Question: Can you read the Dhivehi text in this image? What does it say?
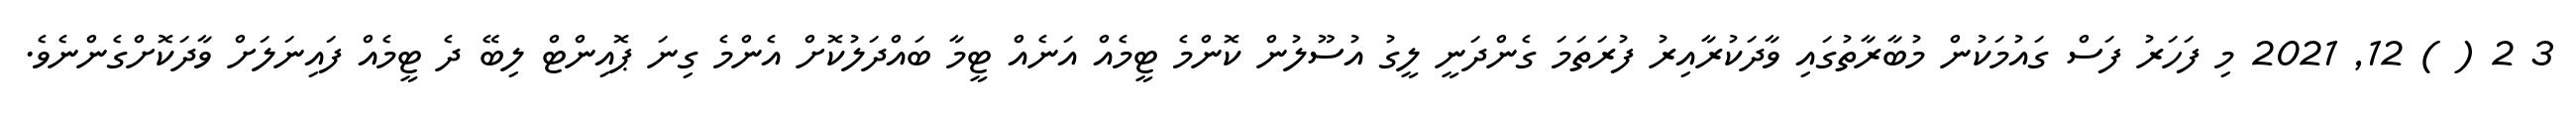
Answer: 3 2 ( ) 12, 2021 މި ފަހަރު ފަސް ގައުމަކުން މުބާރާތުގައި ވާދަކުރާއިރު ފުރަތަމަ ގެންދަނީ ލީގު އުސޫލުން ކޮންމެ ޓީމެއް އަނެއް ޓީމާ ބައްދަލުކޮށް އެންމެ ގިނަ ޕޮއިންޓް ލިބޭ ދެ ޓީމެއް ފައިނަލަށް ވާދަކޮށްގެންނެވެ.